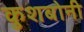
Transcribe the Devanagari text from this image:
कुशबोनी